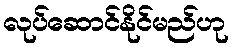
လုပ်ဆောင်နိုင်မည်ဟု